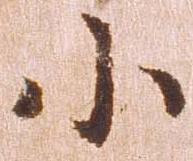
小